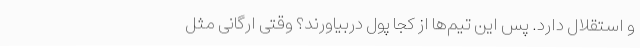
و استقلال دارد. پس این تیم‌ها از کجا پول دربیاورند؟ وقتی ارگانی مثل